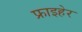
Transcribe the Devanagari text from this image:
फ्राइहेर